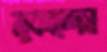
মুকাদ্দেস